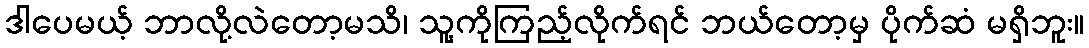
ဒါပေမယ့် ဘာလို့လဲတော့မသိ၊ သူ့ကိုကြည့်လိုက်ရင် ဘယ်တော့မှ ပိုက်ဆံ မရှိဘူး။